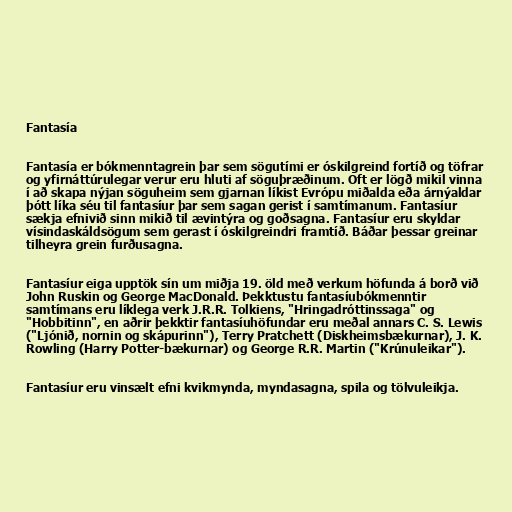
Fantasía

Fantasía er bókmenntagrein þar sem sögutími er óskilgreind fortíð og töfrar
og yfirnáttúrulegar verur eru hluti af söguþræðinum. Oft er lögð mikil vinna
í að skapa nýjan söguheim sem gjarnan líkist Evrópu miðalda eða árnýaldar
þótt líka séu til fantasíur þar sem sagan gerist í samtímanum. Fantasíur
sækja efnivið sinn mikið til ævintýra og goðsagna. Fantasíur eru skyldar
vísindaskáldsögum sem gerast í óskilgreindri framtíð. Báðar þessar greinar
tilheyra grein furðusagna.

Fantasíur eiga upptök sín um miðja 19. öld með verkum höfunda á borð við
John Ruskin og George MacDonald. Þekktustu fantasíubókmenntir
samtímans eru líklega verk J.R.R. Tolkiens, "Hringadróttinssaga" og
"Hobbitinn", en aðrir þekktir fantasíuhöfundar eru meðal annars C. S. Lewis
("Ljónið, nornin og skápurinn"), Terry Pratchett (Diskheimsbækurnar), J. K.
Rowling (Harry Potter-bækurnar) og George R.R. Martin ("Krúnuleikar").

Fantasíur eru vinsælt efni kvikmynda, myndasagna, spila og tölvuleikja.